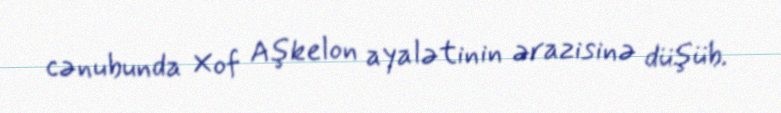
cənubunda Xof Aşkelon ayalətinin ərazisinə düşüb.